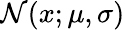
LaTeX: \mathcal{N}(x;\mu,\sigma)